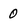
Character: 0